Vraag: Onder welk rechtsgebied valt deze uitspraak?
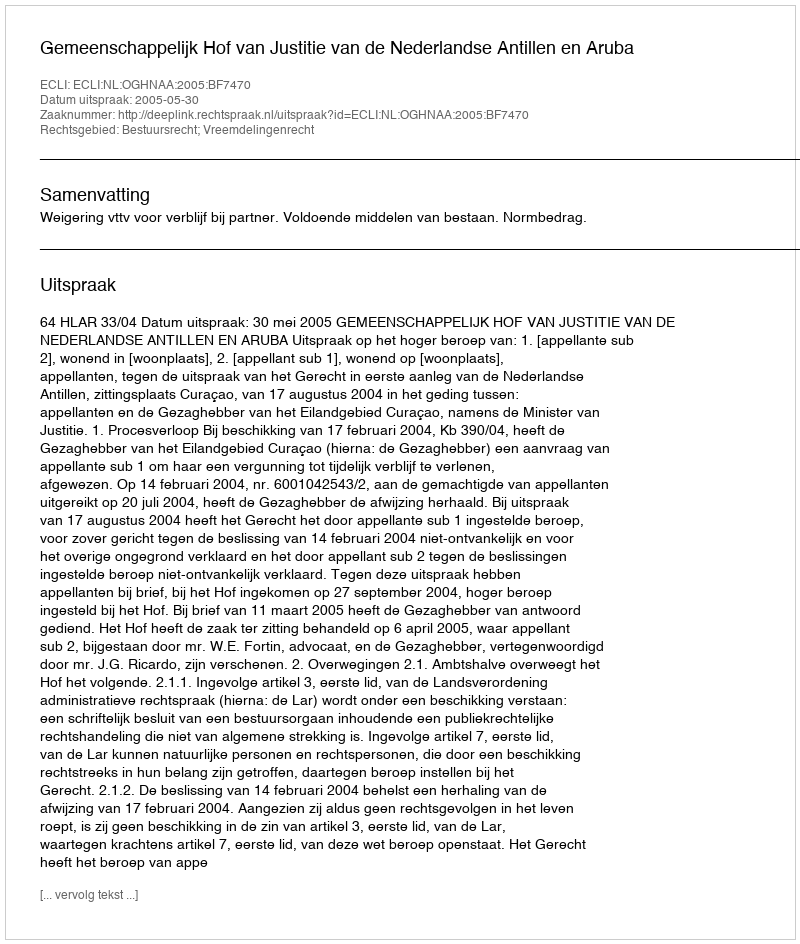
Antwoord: Bestuursrecht; Vreemdelingenrecht